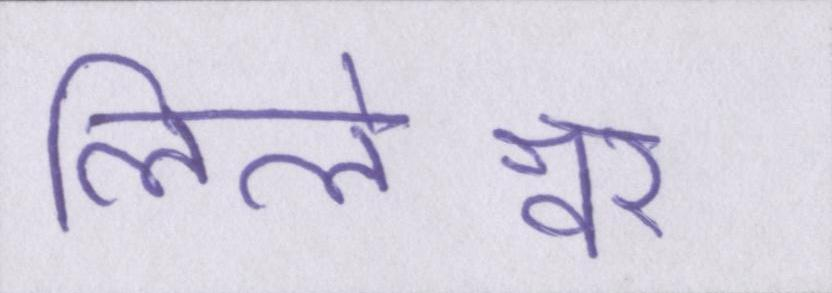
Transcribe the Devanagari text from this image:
लिलेश्वर